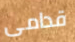
قدامى